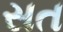
સત